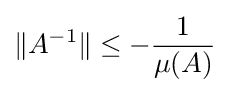
\|A^{-1}\|\leq -{\frac {1}{\mu (A)}}